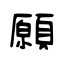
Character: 願